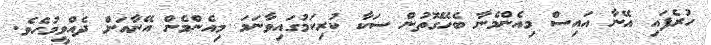
ހުރެފައި އޭނާ އައިސް މިއެންމެނާ ބެހޭގޮތުން ސަކާ ކުރިކަމުގައިވާނަމަ މިއެންމެން އޭނާއަށް ދެއްވީމުހެވެ.